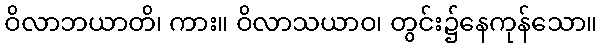
ဝိလာဘယာတိ၊ ကား။ ဝိလာသယာဝ၊ တွင်း၌နေကုန်သော။